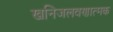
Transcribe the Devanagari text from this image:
खनिजलवणात्मक